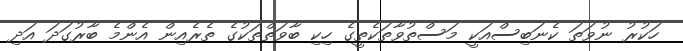
ހަކުރު ނުވަތަ ކެނަބިސްއަކީ މަސްތުވާތަކެތީގެ ހިކި ބާވަތްތަކުގެ ތެރެއިން އެންމެ ބާރުގަދަ އަދި